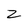
Character: Z